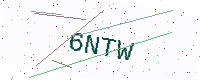
Text: 6NTW